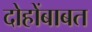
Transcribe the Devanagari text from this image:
दोहोंबाबत